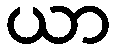
ယာ